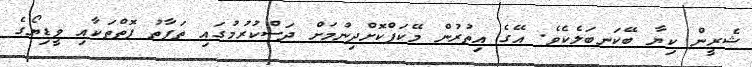
ޝެރީން ކިޔާ ބޭކަނބަލެކެވެ. އޭގެ އިތުރުން މޭކަޕްކޮށްދިނުމަށް ދަސްކުރުމުގައި ތަފާތު ފޮތްތަކާއި ވީޑިޔޯގެ